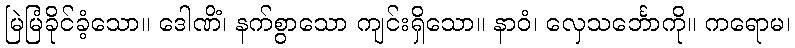
မြဲမြံခိုင်ခံ့သော။ ဒေါဏိံ၊ နက်စွာသော ကျင်းရှိသော။ နာဝံ၊ လှေသင်္ဘောကို။ ကရောမ၊